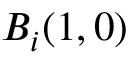
B _ { i } ( 1 , 0 )